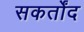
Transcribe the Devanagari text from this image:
सकर्तोंद